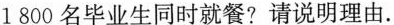
1800名毕业生同时就餐?请说明理由.